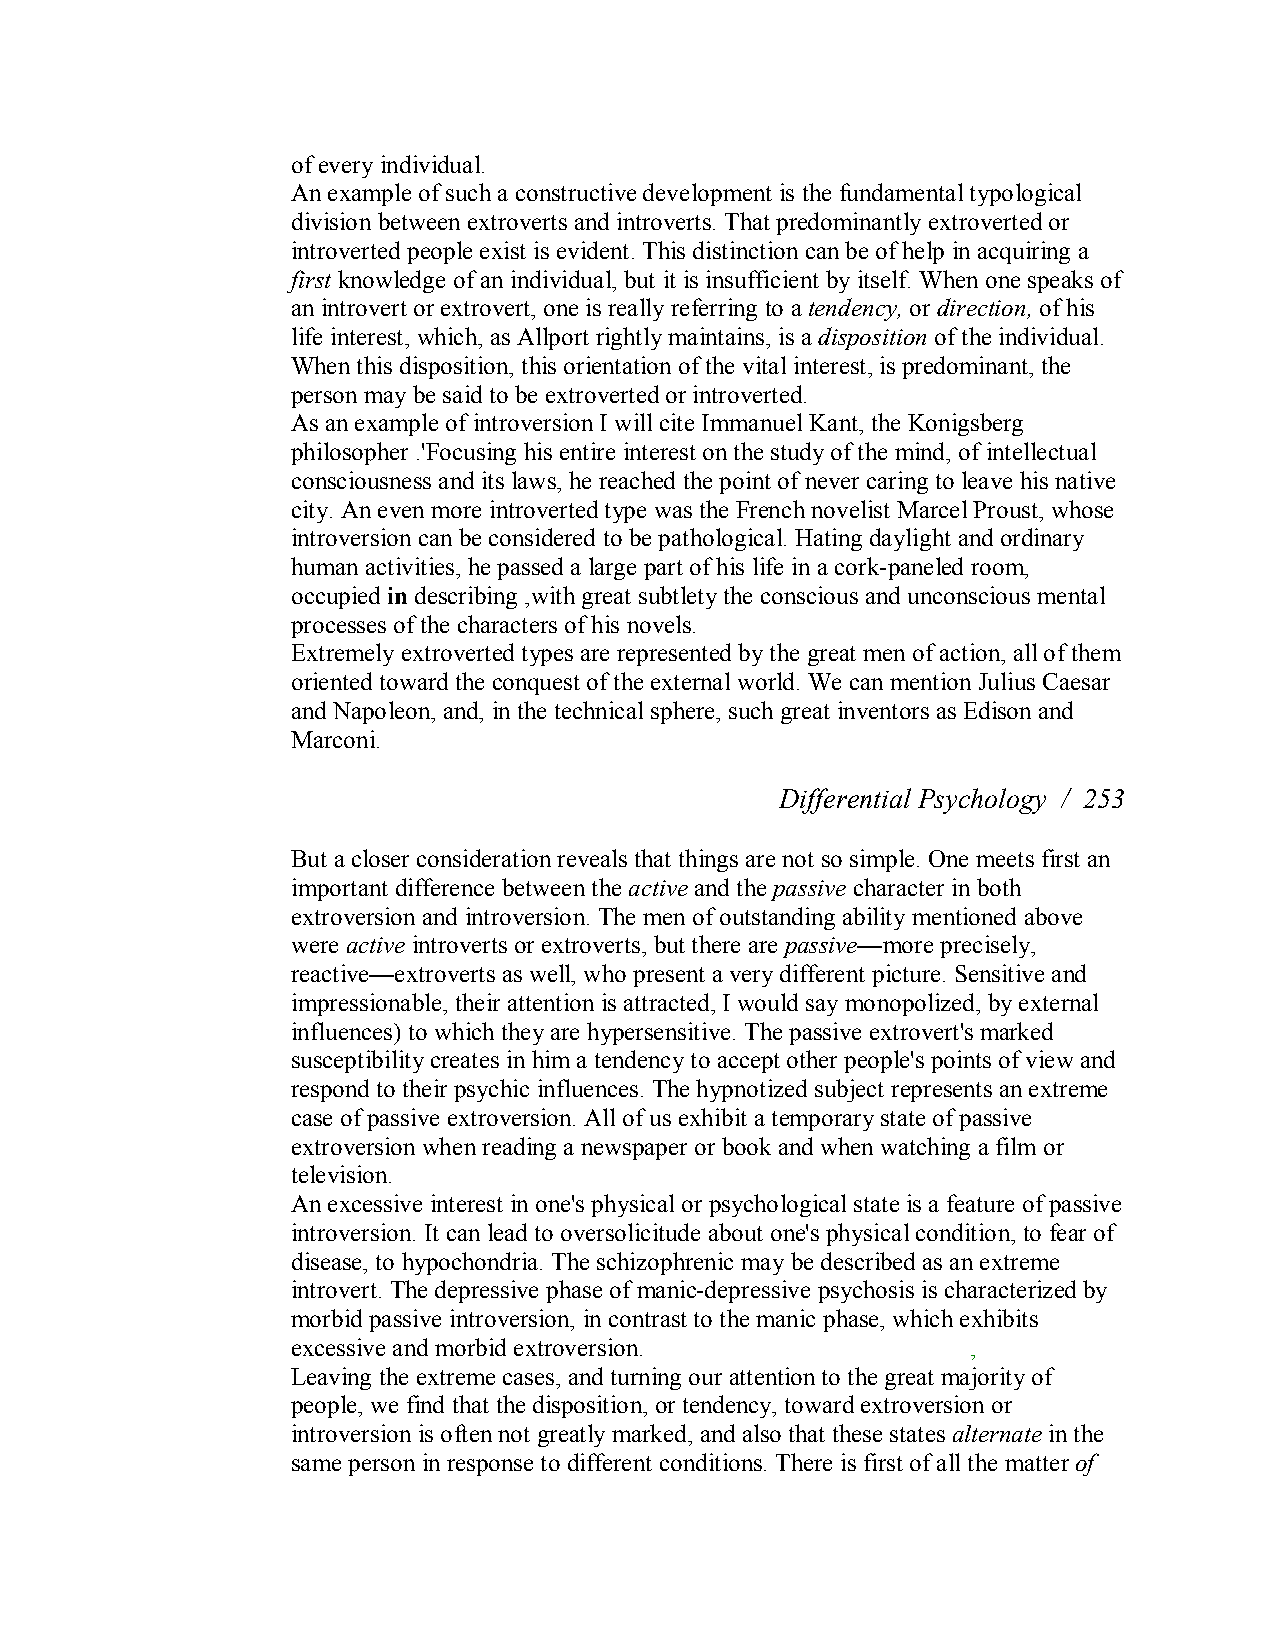
of every individual.
 Anexample of such a constructive development is the fundamental typological
 division between extroverts and introverts. That predominantly extroverted or
 introverted people exist is evident. This distinction can be of help in acquiring a
 first knowledge ofan individual, but it is insufficient by itself. When one speaks of
 an introvert or extrovert, one is really referring to a tendency,ordirection, of his
 life interest, which, as Allport rightly maintains, is a disposition of the individual.
 When this disposition, this orientation of the vital interest, is predominant, the
 person may be said to be extroverted or introverted.
 As an example of introversion I will cite Immanuel Kant, the Konigsberg
 philosopher .'Focusing his entire interest on the study of the mind, of intellectual
 consciousness and its laws, he reached the point of never caring to leave his native
 city. An even more introverted type was the French novelist Marcel Proust, whose
 introversion can be considered to be pathological. Hating daylight and ordinary
 human activities, he passed a large part of his life in a cork­paneled room,
 occupied in describing ,with great subtlety the conscious and unconscious mental
 processes of the characters of his novels.
 Extremely extroverted types are represented by the great men of action, all of them
 oriented toward the conquest of the external world. We can mention Julius Caesar
 and Napoleon, and, in the technical sphere, such great inventors as Edison and
 Marconi.
 Differential Psychology / 253
 But a closer consideration reveals that things are not so simple. One meets first an
 important difference between the active and the passive character in both
 extroversion and introversion. The men of outstanding ability mentioned above
 were active introverts or extroverts, but there are passive—more precisely,
 reactive—extroverts as well, who present a very different picture. Sensitive and
 impressionable, their attention is attracted, I would say monopolized, by external
 influences) to which they are hypersensitive. The passive extrovert's marked
 susceptibility creates in him a tendency to accept other people's points of view and
 respond to their psychic influences. The hypnotized subject represents an extreme
 case of passive extroversion. All of us exhibit a temporary state of passive
 extroversion when reading a newspaper or book and when watching a film or
 television.
 An excessive interest in one's physical or psychological state is a feature of passive
 introversion. It can lead to oversolicitude about one's physicalcondition, to fear of
 disease, to hypochondria. The schizophrenic may be described as an extreme
 introvert. The depressive phase of manic­depressive psychosis is characterized by
 morbid passive introversion, in contrast to the manic phase, which exhibits
 excessive and morbid extroversion.           ,
 Leaving the extreme cases, and turning our attention to the great majority of
 people, we find that the disposition, or tendency, toward extroversion or
 introversion is often not greatly marked, and also that these states alternate in the
 same person in response to different conditions. There is first of all the matter of